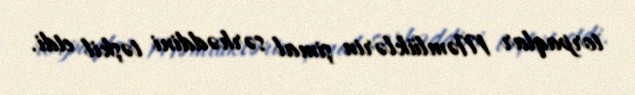
torpaqlar Məmlüklərin şimal sərhəddini təşkil etdi.